Vaccination report Assam 1874-1896 - 1874-1896
Year: 1874
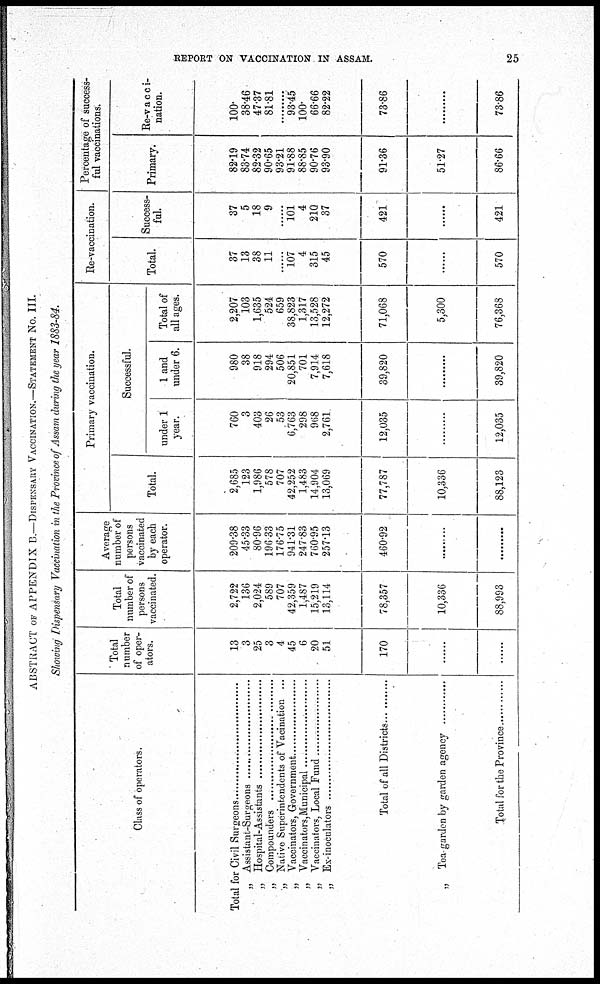
REPORT ON VACCINATION IN ASSAM.
25
ABSTRACT OF APPENDIX B.—DISPENSARY VACCINATION.—STATEMENT No. III.
Showing Dispensary Vaccination in the Province of Assam during the year 1883-84.
Class of operators.
Total for Civil Surgeons ...........................
„ Assistant-Surgeons ..............................
„ Hospital-Assitants ..............................
„ Compounders ....................................
„ Native Superintendents of Vacination ...
„ Vaccinators, Government .....................
„ Vaccinators, Municipal ........................
„ Vaccinators, Local Fund ........................
„ Ex-inoculators ..........................................
Total of all Districts .................................
„ Tea-garden by garden agency ............
Total for the Province ............
Total
number
of oper-
ators.
13
3
25
3
4
45
6
20
51
170
......
......
Total
number of
persons
vaccinated.
2,722
136
2,024
589
707
42,359
1,487
15,219
13,114
78,357
10,336
88,993
Average
number of
persons
vaccinated
by each
operator.
209.38
45.33
80.96
196.33
176.75
941.31
247.83
760.95
257.13
460.92
......
......
Primary vaccination.
Total.
2,685
123
1,986
578
707
42,252
1,483
14,904
13,069
77,787
10,336
88,123
Successful.
under 1
year.
760
3
403
26
53
6,763
298
968
2,761
12,035
......
12,035
1 and
under 6.
980
38
918
294
506
20,851
701
7,914
7,618
39,820
......
39,820
Total of
all ages.
2,207
103
1,635
524
659
38,823
1,317
13,528
12,272
71,068
5,300
76,368
Re-vaccination.
Total.
37
13
38
11
......
107
4
315
45
570
......
570
Success-
ful.
37
5
18
9
......
101 4
210
37
421
......
421
Percentage of success-
ful vaccinations.
Primary.
82.19
83.74
82.32
90.65
93.21
91.88
88.85
90.76
93.90
91.36
51.27
86.66
Re-vacci-
nation.
100.
38.46
47.37
81.81
......
93.45
100.
66.66
82.22
73.86
......
73.86